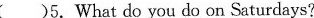
( )5.What do you do on Saturdays?